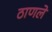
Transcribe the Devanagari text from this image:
ठाणले